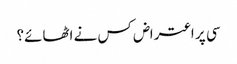
سی پر اعتراض کس نے اٹھائے؟